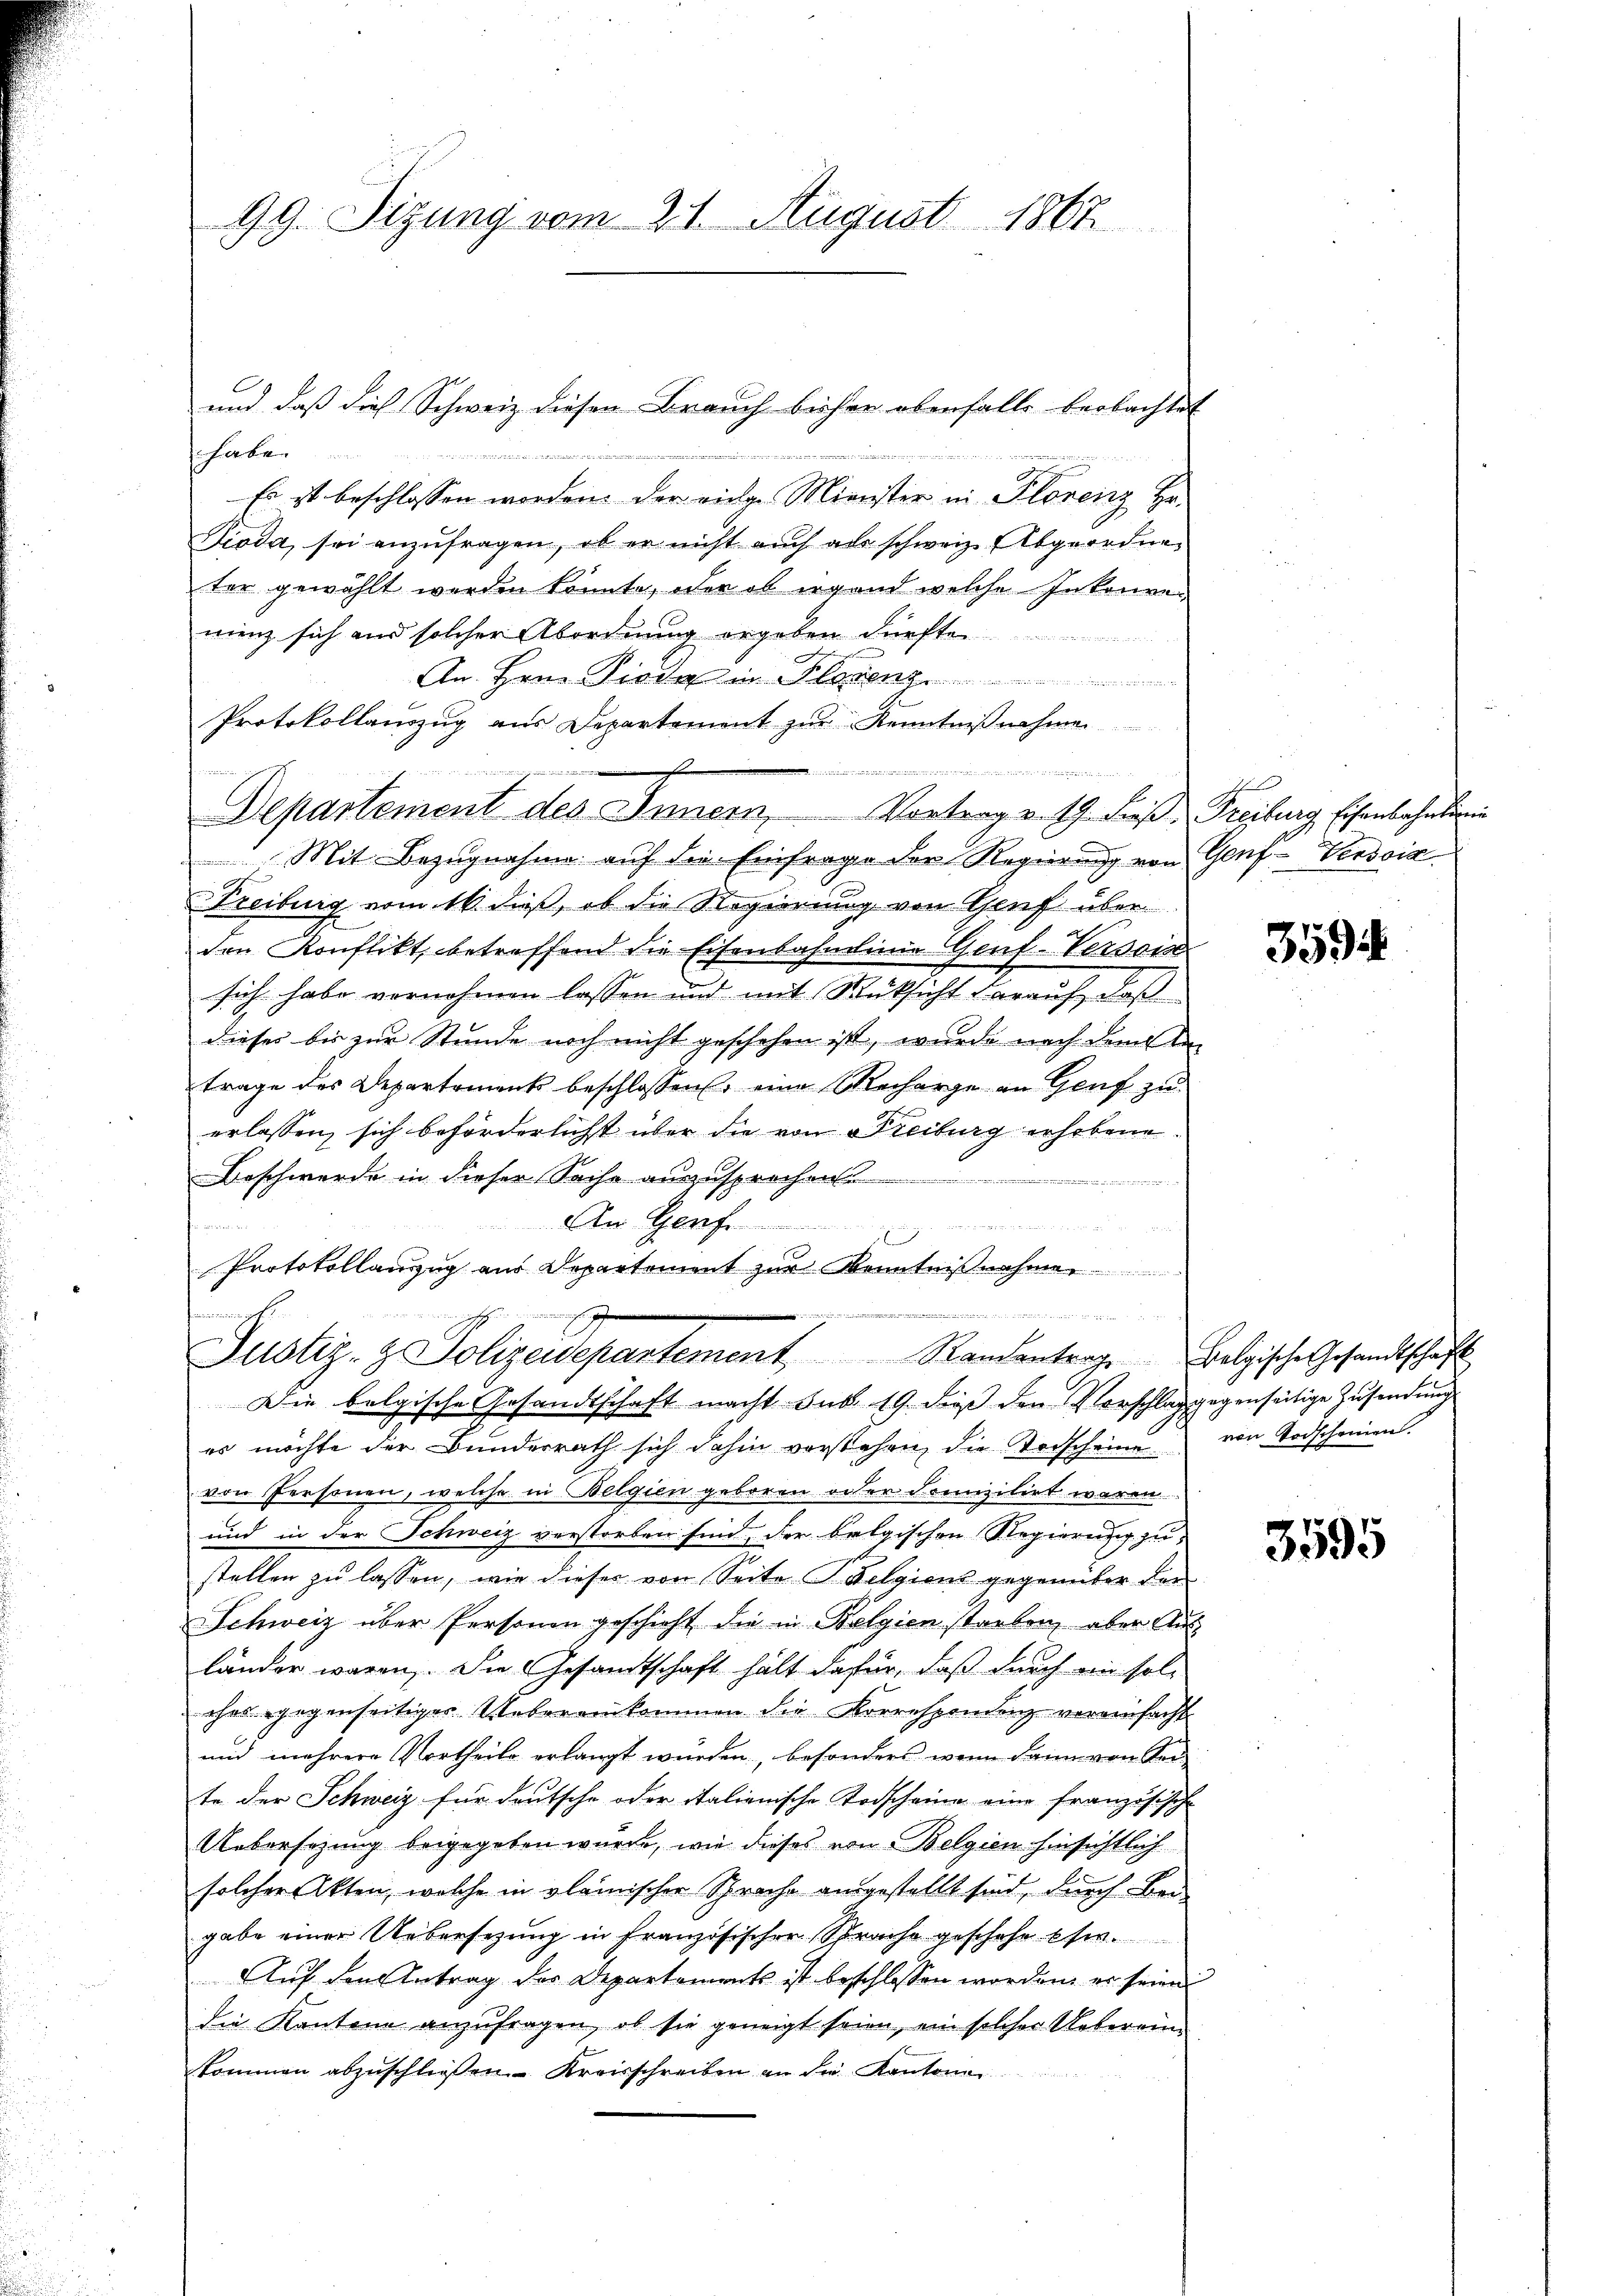
f die wir, wenn die und den und einen von den
172
Es ist beschlossen worden, der einge Minister in Florenz Hr.
Pioda, sei anzufragen, ob er nicht auch aus schweiz. Abgeordne
ter gewählt werden könnte, oder ob irgend welche Inkonvenienz sich aus solcher Abordnung ergeben dürfte.
An Hrn. Fiata in Florenz
Protokollanzŭg aŭs Departement zŭr Kenntniβnahmen
uisse eine

nuierung
Departement des Innern, Vortrag v. 19. dieß Freiburg, Eisenbahnteni
Mit Bezugnahme auf die Einfragen der Regierung von Genf-Versoid¬
Freiburg vom 16. dieß, ob die Regierung von Genf über
den Konflikt, betreffend die Eisenbahnlinie Genf-Versone
sich habe vernohmen lassen und mit Rücksicht darauf, daß
dieses bis zur Stunde noch nicht geschehen ist, wurde nach dem An-
trage des Departements beschlossen, eine Recharge an Genf zu
erlassen, sich beförderlichst über die von Freiburg erhobene
Beschwerde in dieser Sache auszusprechen
An Gerf
  ande
f
Protokollanzug aus Departement zur Kenntnißnahme
.
h
Justiz- & Polizeidepartement Randantrage Belgische Gesandtschaft
Die belgische Gesandtschaft macht. sub 19. dieß den Vorschlag gegenseitige Zusendung
es möchte der Bundesrath sich dahin vorstehen, die Vorscheine
von Personen, welche in Belgien geboren oder domizilirt waren
und in der Schweiz verstorben sind, der belgischen Regierung zustellen zu lassen, wie dieser von Seite Belgiens gegenüber der
Schweiz über Personen geschieht die in Belgien starben, aber Aus
länder waren. Die Gesandtschaft hält dafür, daß durch ein solches gegenseitiges Webereinkommen die Korrespondenz vereinfacht
und mehrere Vortheile erlangt wurden, besonders wenn dann von Kerte der Schweiz für deutsche oder italienische Todscheine eine französische
Uebersezung beigegeben wurde, wie dieses von Belgien hinsichtlich
solcher Akten, welche in pleinischer Sprache ausgestellt sind, durch Ber
gabe einer Uebersezung in französischer Sprache geschehe usw.
Auf den Antrag der Departements ist beschlossen worden, er seien
die Kantone anzufragen, ob sie geneigt seien, ein solcher Uebereinkommen abzŭschließen Kreisschreiben an die Kantonen

99. Sizung vom 21. August 1867

und daß dies Schweiz diesen Brauch bisher obenfalls beobachtet

359

von Vorscheinen.

3595